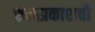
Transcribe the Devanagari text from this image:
सत्यप्रकाशची